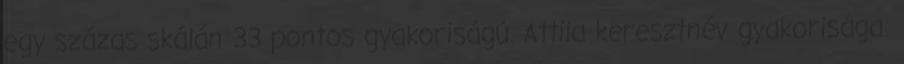
egy százas skálán 33 pontos gyakoriságú. Attila keresztnév gyakorisága: